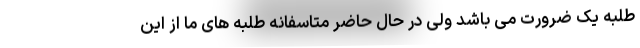
طلبه یک ضرورت می باشد ولی در حال حاضر متاسفانه طلبه های ما از این